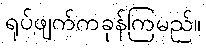
ရုပ်ဖျက်ကခုန်ကြမည်။